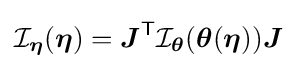
{\mathcal {I}}_{\boldsymbol {\eta }}({\boldsymbol {\eta }})={\boldsymbol {J}}^{\textsf {T}}{\mathcal {I}}_{\boldsymbol {\theta }}({\boldsymbol {\theta }}({\boldsymbol {\eta }})){\boldsymbol {J}}